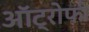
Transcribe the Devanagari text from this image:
ऑट्रोफी